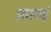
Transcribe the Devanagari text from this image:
अमराई